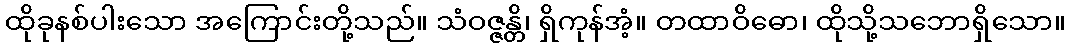
ထိုခုနစ်ပါးသော အကြောင်းတို့သည်။ သံဝဇ္ဇန္တိ၊ ရှိကုန်အံ့။ တထာဝိဓော၊ ထိုသို့သဘောရှိသော။